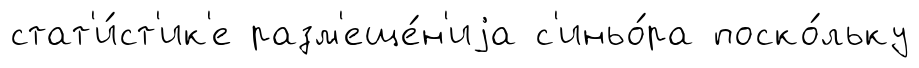
стат'и́ст'ик'е разм'еще́н'иjа с'иньо́ра поско́льку